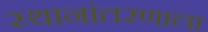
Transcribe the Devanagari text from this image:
स्थानांतरणाला